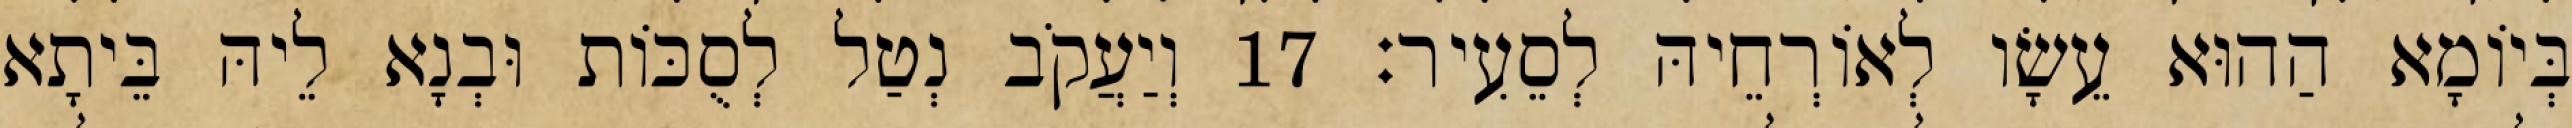
בְּיוֹמָא הַהוּא עֵשָׂו לְאוֹרְחֵיהּ לְסֵעִיר׃ 17 וְיַעֲקֹב נְטַל לְסֻכּוֹת וּבְנָא לֵיהּ בֵּיתָא